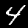
Digit: 4